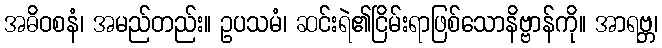
အဓိဝစနံ၊ အမည်တည်း။ ဥပသမံ၊ ဆင်းရဲ၏ငြိမ်းရာဖြစ်သောနိဗ္ဗာန်ကို။ အာရဗ္ဘ၊